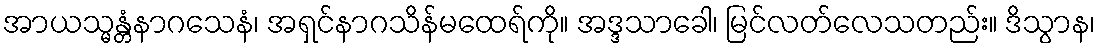
အာယသ္မန္တံနာဂသေနံ၊ အရှင်နာဂသိန်မထေရ်ကို။ အဒ္ဒသာခေါ၊ မြင်လတ်လေသတည်း။ ဒိသွာန၊